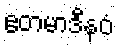
ဧတမာဒီနဝံ